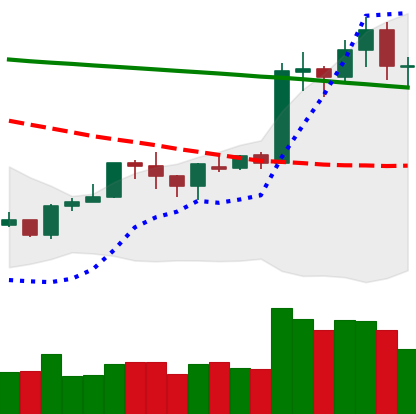
Ticker: ETH-USD
Chart end date: 2020-01-20
Forward return: -3.492%
Label: down_3_5